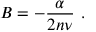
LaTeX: B = - \frac { \alpha } { 2 n \nu } ~ .